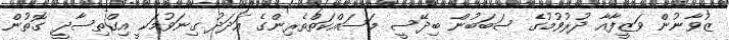
ޒުވާނުން ވަޒީފާއާ ދުރުވުމުގެ ސަބަބުން ބިދޭސީ މަސައްކަތްތެރިންގެ އަދަދު ގިނަވުމަކީ އިގްތިސާދީ ގޮތުން